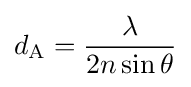
d_{\text{A}}={\frac {\lambda }{2n\sin {\theta }}}